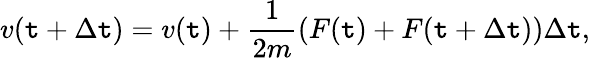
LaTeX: v(\mathtt{t}+\Delta\mathtt{t})=v(\mathtt{t})+\frac{{1}}{{2m}}(F(\mathtt{t})+F(\mathtt{t}+\Delta\mathtt{t}))\Delta\mathtt{t},